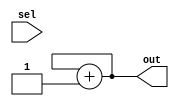
module REG_NR_RDBA (sel,out);
   input sel;
   output reg [1:0] out;
   reg [1:0] count;
   always @(sel)
   begin
      out <= count;
      count = count + 2'd1;
   end
endmodule